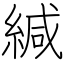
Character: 緘